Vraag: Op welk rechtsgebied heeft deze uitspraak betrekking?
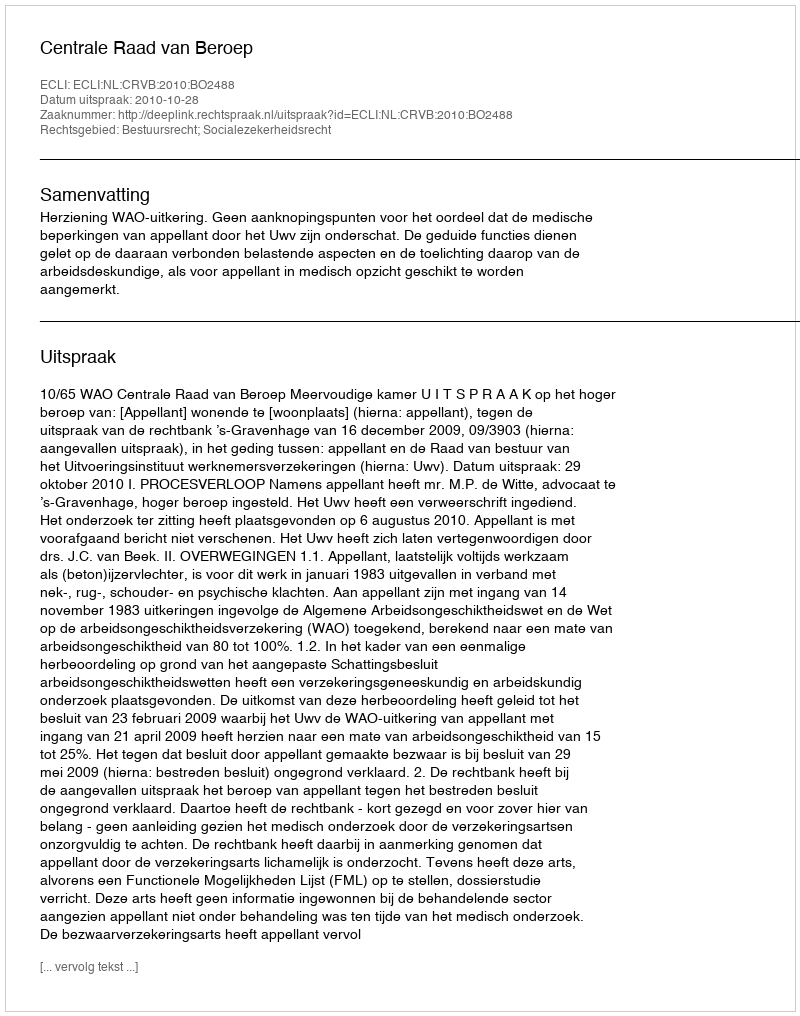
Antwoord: Bestuursrecht; Socialezekerheidsrecht